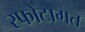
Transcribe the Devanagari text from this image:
स्फोटागत